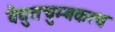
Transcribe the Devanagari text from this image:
वैद्युतचुम्बकत्व